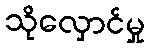
သိုလှောင်မှု